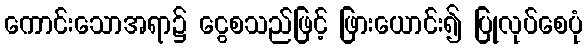
ကောင်းသောအရာ၌ ငွေစသည်ဖြင့် ဖြားယောင်း၍ ပြုလုပ်စေပုံ